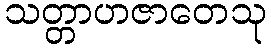
သတ္တာဟဇာတေသု